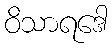
ဝိသာရဒေါ